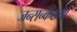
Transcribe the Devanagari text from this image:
जन्सन्कख्या